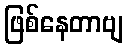
ဖြစ်နေတာဗျ